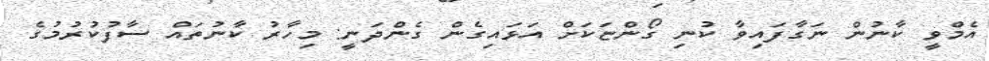
އެމްވީ ކާނުން ނަގާފައިވާ ކުނި ގޯންޏަކަށް އަޅައިގެން ގެންދަނީ: މިހާރު ކާނުތައް ސާފުކުރުމުގެ